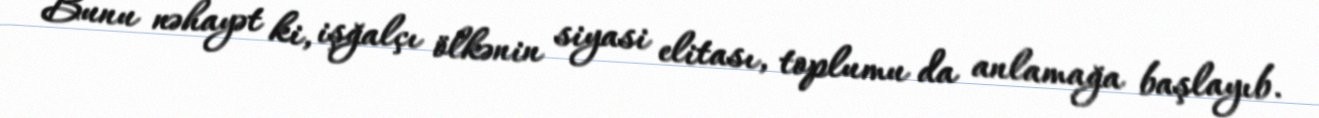
Bunu nəhayət ki, işğalçı ölkənin siyasi elitası, toplumu da anlamağa başlayıb.